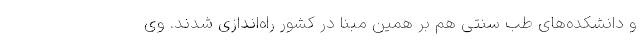
و دانشکده‌های طب سنتی هم بر همین مبنا در کشور راه‌اندازی شدند. وی